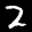
Label: 2